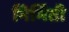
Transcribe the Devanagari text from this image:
निर्मिती